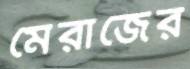
মেরাজের